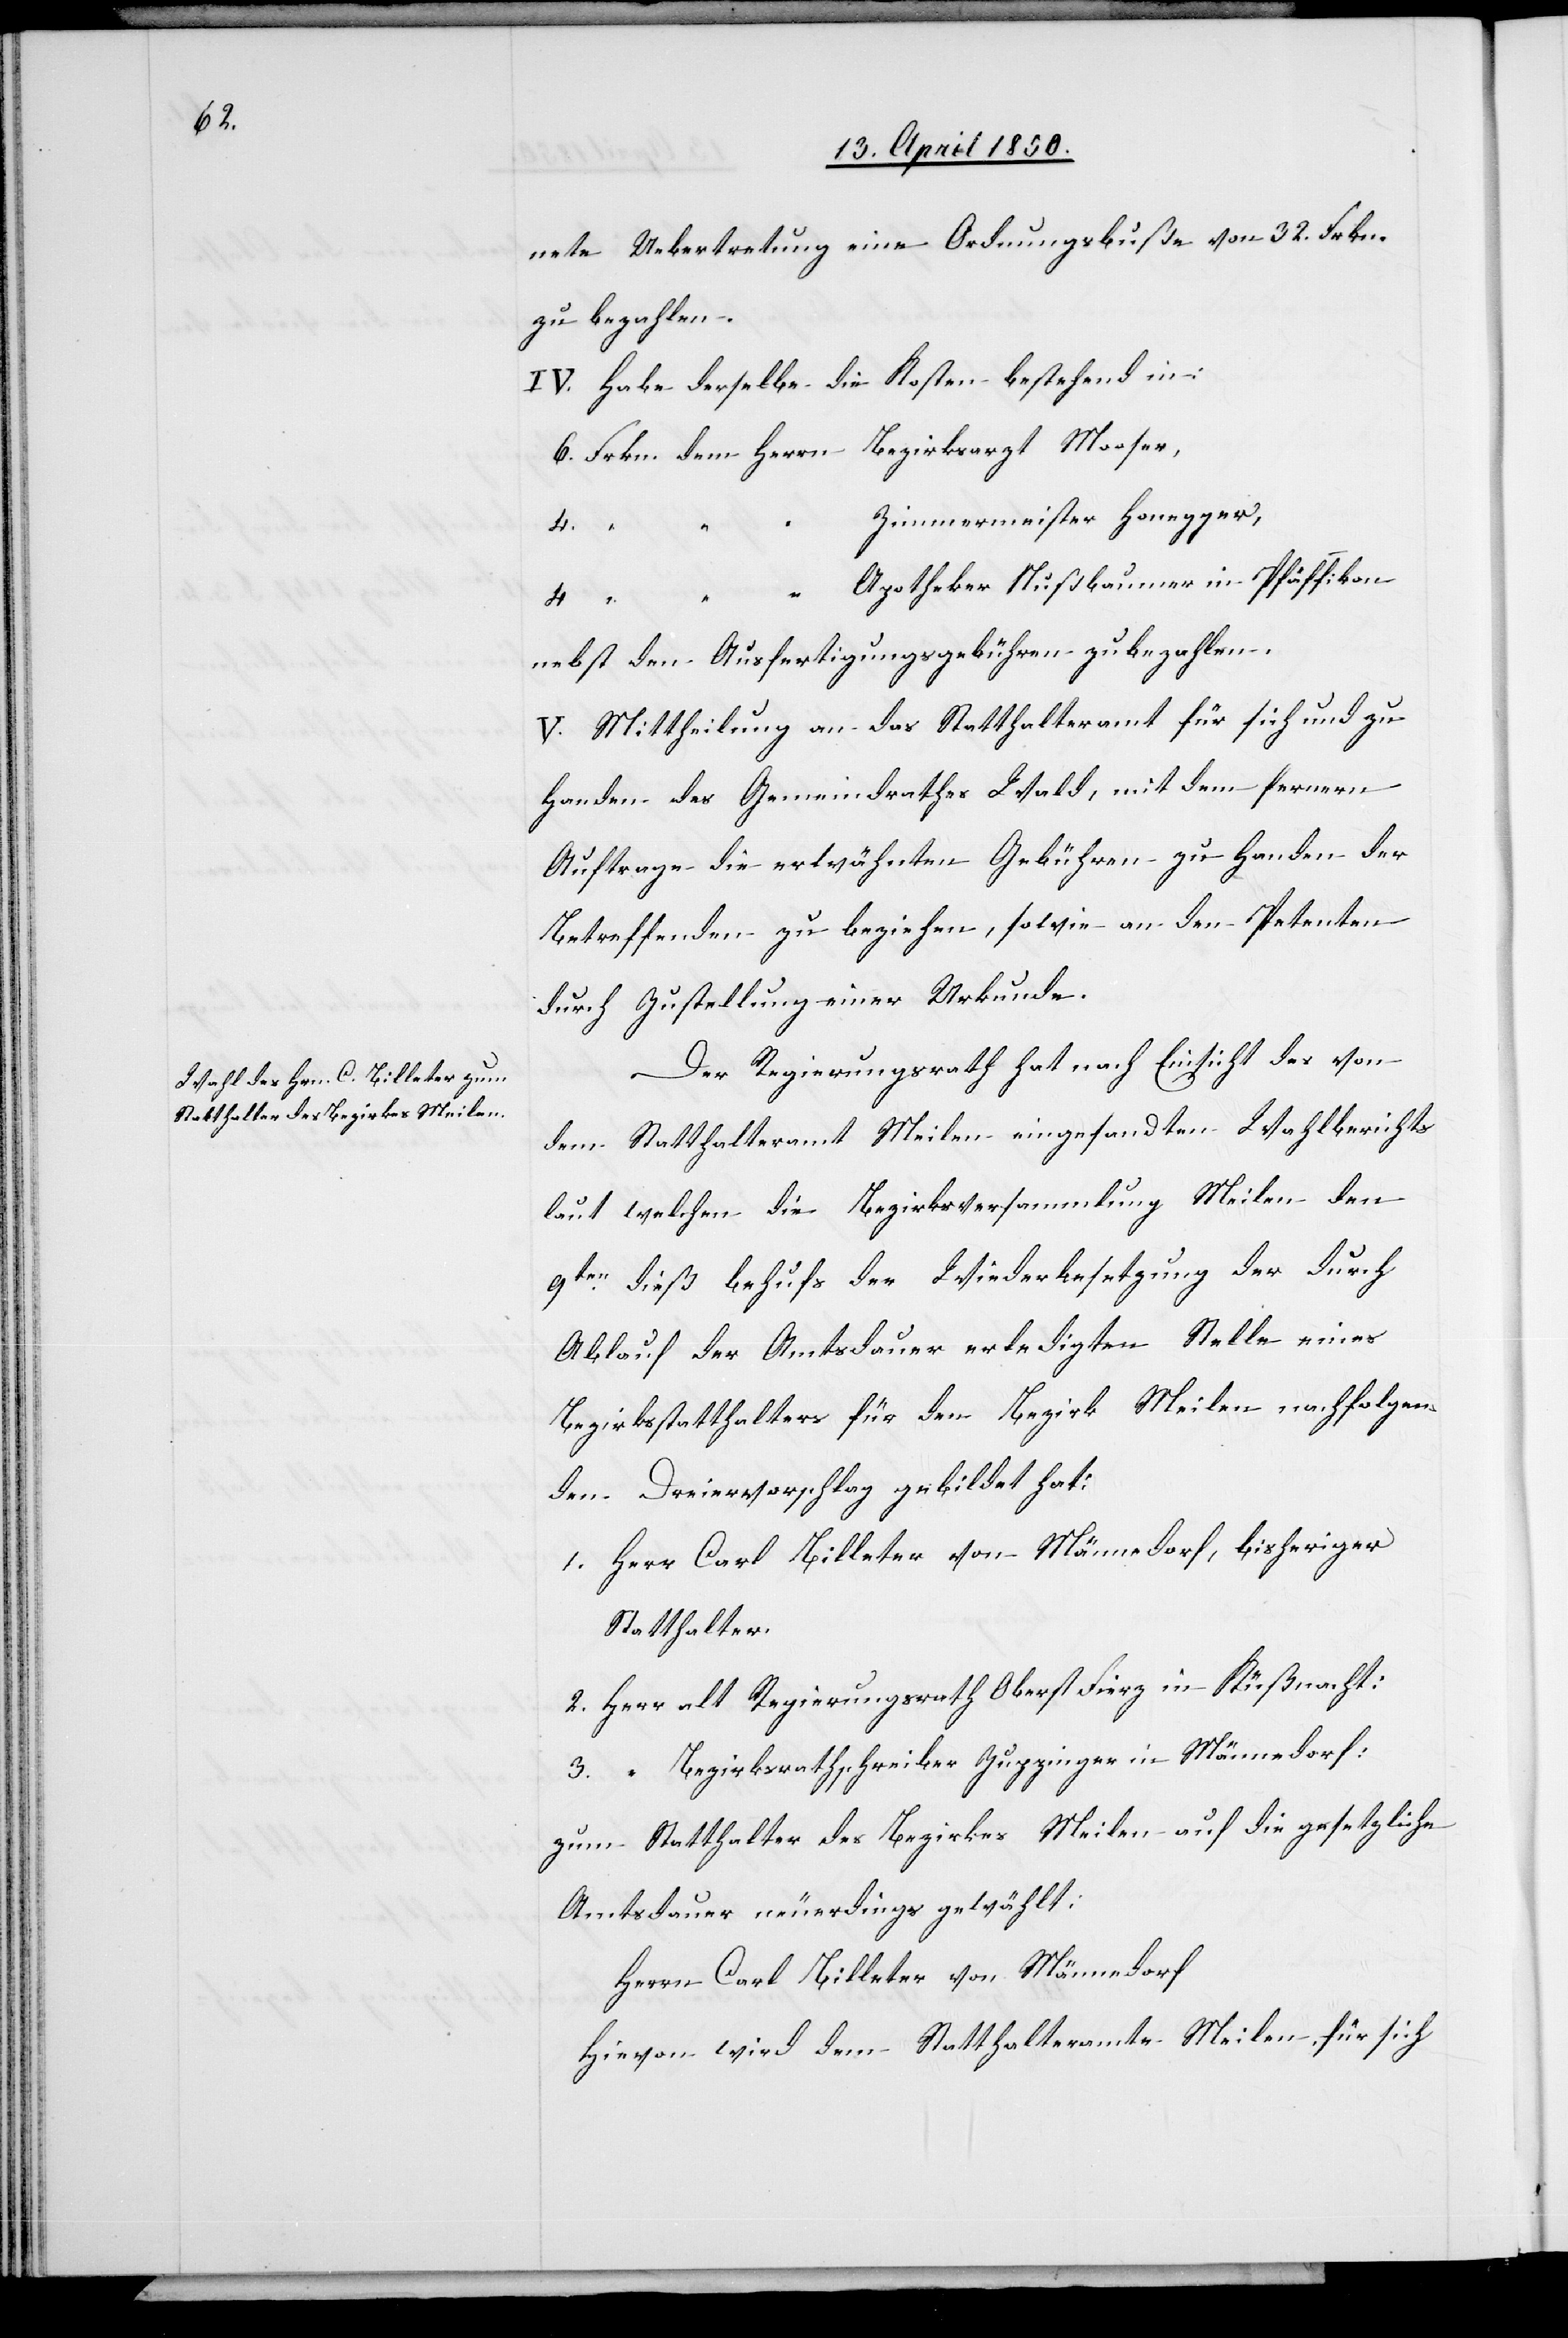
nete Uebertretung eine Ordnungsbuße von 32. Frkn.
zu bezahlen.
IV. Habe derselbe die Kosten bestehend in:
6. Frkn. dem Herrn Bezirksarzt Moser,
Zimmermeister Honegger,
Apotheker Nußbaumer in Pfäffikon
4.
nebst den Ausfertigungsgebühren zu bezahlen.
V. Mittheilung an das Statthalteramt für sich und zu
Handen des Gemeindrathes Wald, mit dem fernern
Auftrage die erwähnten Gebühren zu Handen der
Betreffenden zu beziehen, sowie an den Petenten
durch Zustellung einer Urkunde.
Der Regierungsrath hat nach Einsicht des von
dem Statthalteramt Meilen eingesandten Wahlberichts
laut welchem die Bezirksversammlung Meilen den
9ten dieß behufs der Wiederbesetzung der durch
Ablauf der Amtsdauer erledigten Stelle eines
Bezirksstatthalters für den Bezirk Meilen nachfolgen¬
den Dreiervorschlag gebildet hat:
1. Herr Carl Billeter von Männedorf, bisheriger
Statthalter.
2. Herr alt Regierungsrath Oberst Fierz in Küßnacht:
3. “ Bezirksrathschreiber Zuppinger in Männedorf:
zum Statthalter des Bezirkes Meilen auf die gesetzliche
Amtsdauer neuerdings gewählt:
Herrn Carl Billeter von Männedorf
Hievon wird dem Statthalteramte Meilen für sich